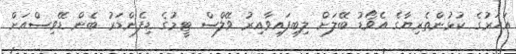
އަހަރުގެ ކުޅުންތެރިޔާގެ އެވޯޑު ބޭލަށް ލިބިފައިވާއިރު ވޭލްސް ޓީމުގެ ޑިފެންޑަރު ބެން ޑޭވިސްއަށް